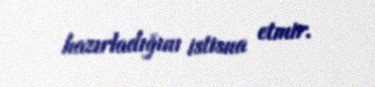
hazırladığını istisna etmir.